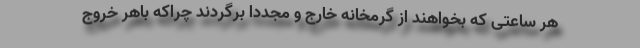
هر ساعتی که بخواهند از گرمخانه خارج و مجددا برگردند چراکه باهر خروج